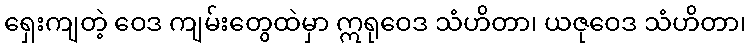
ရှေးကျတဲ့ ဝေဒ ကျမ်းတွေထဲမှာ ဣရုဝေဒ သံဟိတာ၊ ယဇုဝေဒ သံဟိတာ၊